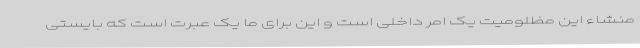
منشاء این مظلومیت یک امر داخلی است و این برای ما یک عبرت است که بایستی